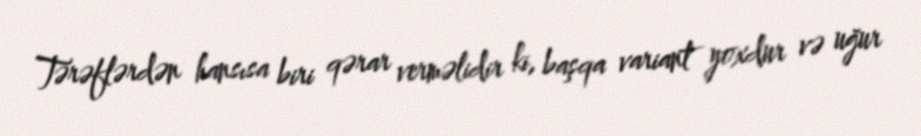
Tərəflərdən hansısa biri qərar verməlidir ki, başqa variant yoxdur və uğur